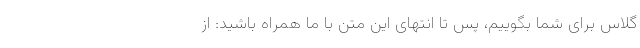
گلاس برای شما بگوییم، پس تا انتهای این متن با ما همراه باشید: از